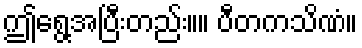
ဤရွေ့အပြီးတည်း။။ ပီတကသိဏံ။